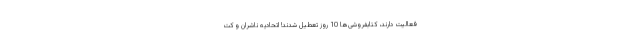
فعالیت دارند، کتابفروشی‌ها 10 روز تعطیل شدند! اتحادیه ناشران و کت